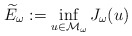
\begin{align*}\widetilde{E}_{\omega}:=\inf_{u\in\mathcal{M}_{\omega}}J_{\omega}(u)\end{align*}